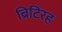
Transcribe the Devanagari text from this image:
ब्रिटिरह